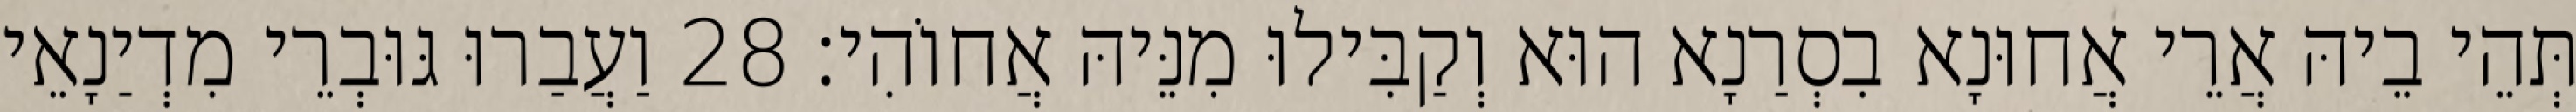
תְּהֵי בֵיהּ אֲרֵי אֲחוּנָא בִסְרַנָא הוּא וְקַבִּילוּ מִנֵּיהּ אֲחוֹהִי׃ 28 וַעֲבַרוּ גּוּבְרֵי מִדְיַנָאֵי